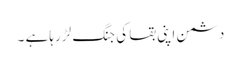
دشمن اپنی بقا کی جنگ لڑ رہا ہے ۔